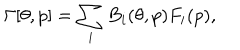
LaTeX: \Gamma [ \theta , p ] = \sum _ { i } B _ { i } ( \theta , p ) F _ { i } ( p ) ,